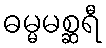
ဓမ္မမစ္ဆရီ